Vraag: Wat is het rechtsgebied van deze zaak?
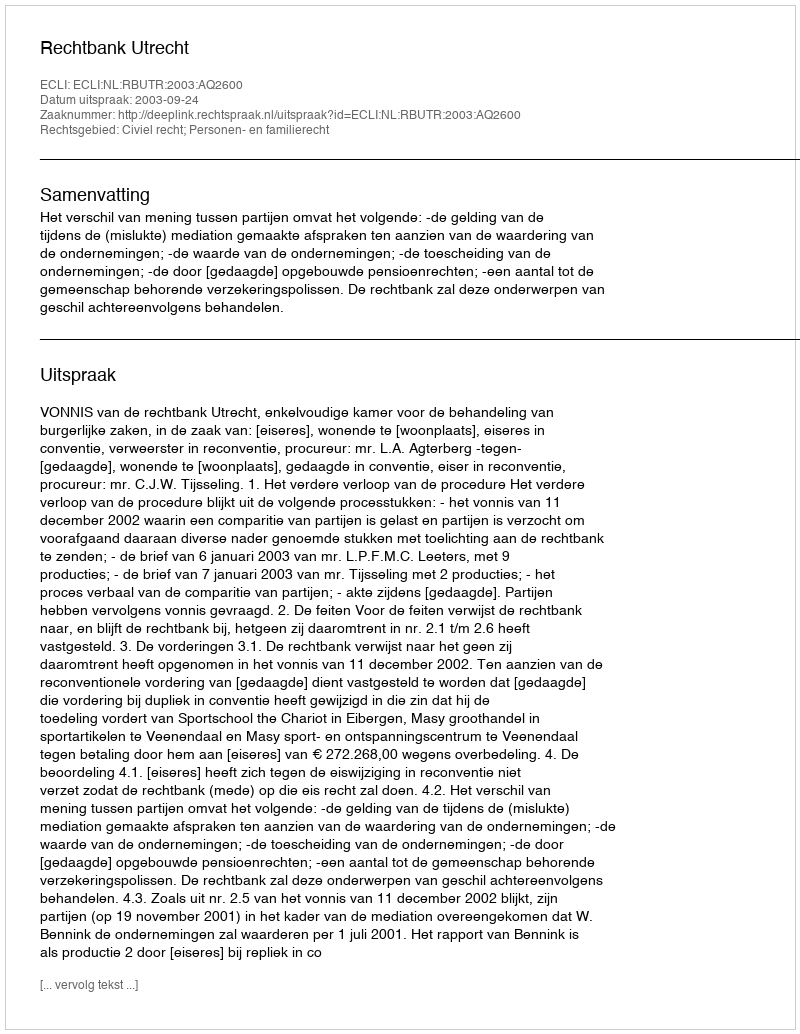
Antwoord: Civiel recht; Personen- en familierecht